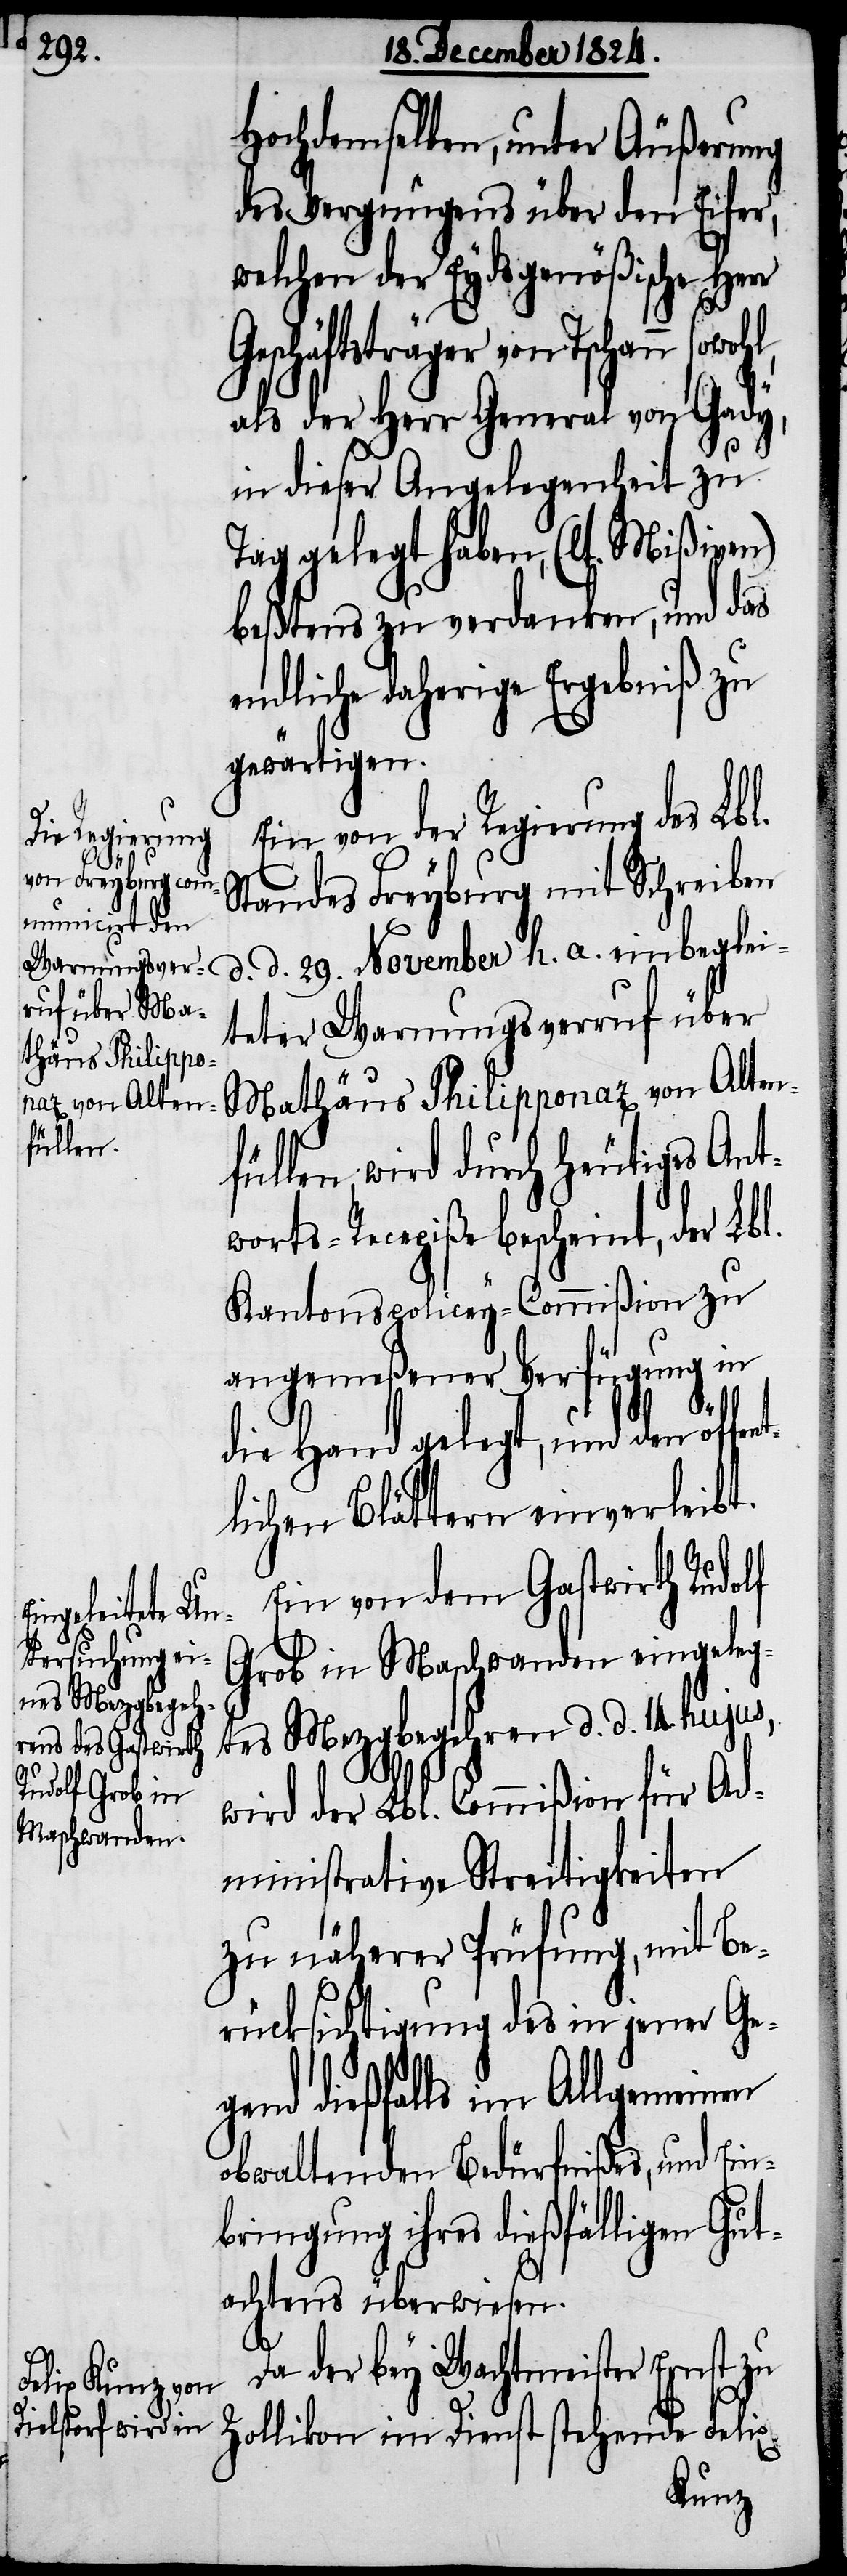
Hochdemselben, unter Äußerung
des Vergnügens über den Eifer,
welchen der Eydsgenößische Herr
schäftsträger von
als der Herr General von Gady,
in dieser Angelegenheit zu
Tag gelegt haben, (lt. Mißiven)
beßtens zu verdanken, und das
endliche daherige Ergebniß zu
gewärtigen.
Ein von der Regierung des Lbl.
Standes Freyburg mit Schreiben
d. d. 29. November h. a. einbeglei¬
teter Warnungsverruf über
Mathäus Philipponaz von Alten¬
füllen wird durch heutiges Ant¬
worts-Recepiße bescheint, der Lbl.
Kantons-Policey-Commißion zu
angemeßener Verfügung in
Ge¬
die Hand gelegt, und den öffent¬
lichen Blättern einverleibt.
Ein von dem Gastwirth Rudolf
Grob in Maschwanden eingeleg¬
tes Mezgbegehren d. d. 14. hujus,
wird der Lbl. Commißion für Ad¬
ministrative Streitigkeiten
zu näherer Prüfung, mit Be¬
rücksichtigung des in jener Ge¬
gend dießfalls im Allgemeinen
obwaltenden Bedürfnißes, und Ein¬
bringung ihres dießfälligen Gut¬
achtens überwiesen.
Da der bey Wachtmeister Ernst zu
Zollikon im Dienst stehende Felix